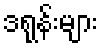
ဒရုန်းများ